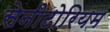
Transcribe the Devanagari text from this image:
सेनीटोरियम